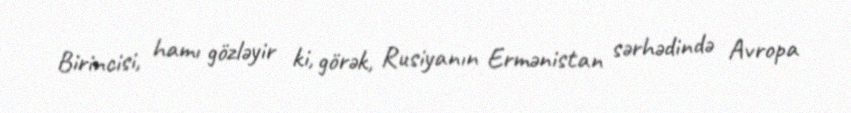
Birincisi, hamı gözləyir ki, görək, Rusiyanın Ermənistan sərhədində Avropa